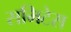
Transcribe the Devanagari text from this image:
समिटेस